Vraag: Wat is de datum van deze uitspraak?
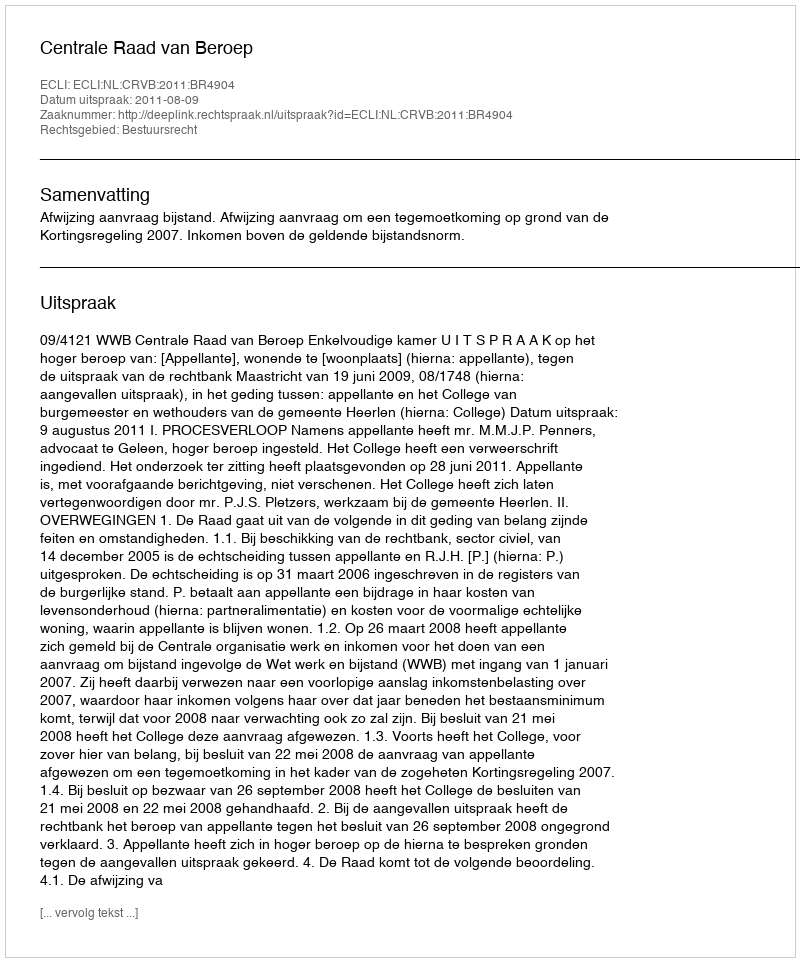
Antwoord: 2011-08-09